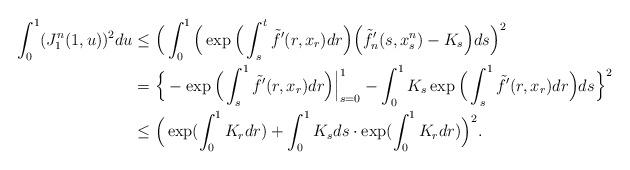
LaTeX: \begin{align*}\int_0^1(J^n_1(1,u))^2du&\le \Big(\int_0^1\Big(\exp\Big(\int_s^t \tilde{f}'(r,x_r)dr\Big)\Big( \tilde{f}'_n(s,x_s^n)-K_s\Big)ds\Big)^2\\&=\Big\{-\exp\Big(\int_s^1\tilde{f}'(r,x_r)dr\Big)\Big\vert_{s=0}^1-\int_0^1K_s\exp\Big(\int_s^1\tilde{f}'(r,x_r)dr\Big)ds\Big\}^2\\&\le \Big(\exp(\int_0^1K_rdr)+\int_0^1K_sds\cdot\exp(\int_0^1K_rdr)\Big)^2.\end{align*}